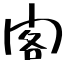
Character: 閣